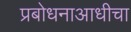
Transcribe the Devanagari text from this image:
प्रबोधनाआधीचा